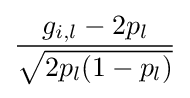
{\frac {g_{i,l}-2p_{l}}{\sqrt {2p_{l}(1-p_{l})}}}